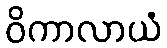
ဝိကာလာယံ